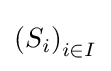
\left(S_{i}\right)_{i\in I}